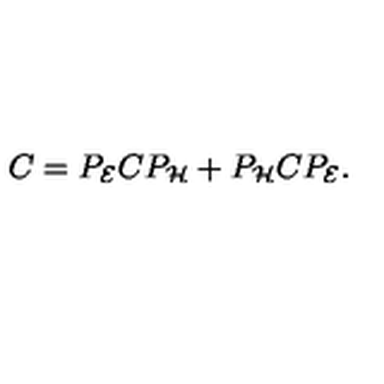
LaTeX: C = P _ { \cal E } C P _ { \cal H } + P _ { \cal H } C P _ { \cal E } .